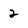
Character: 2